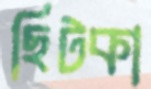
ছিটকা